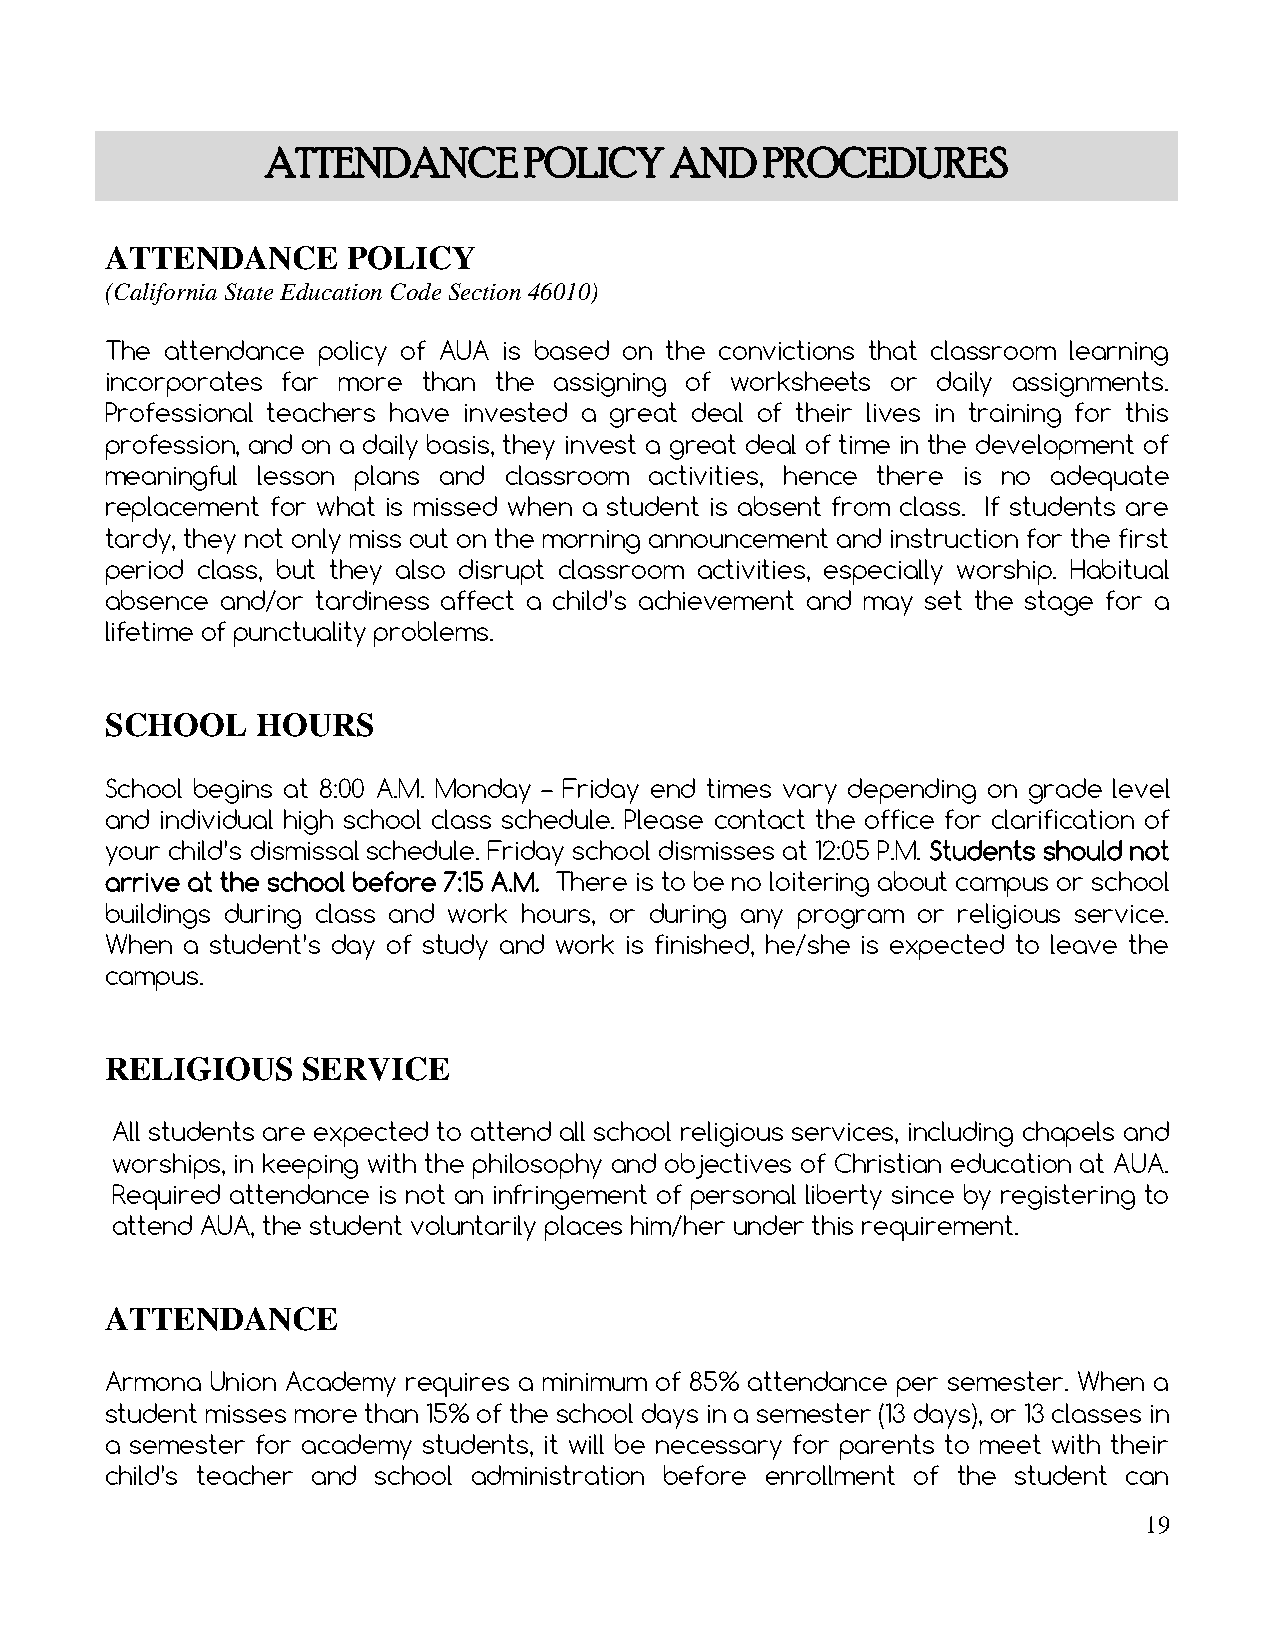
ATTENDANCE       POLICY   AND    PROCEDURES
 ATTENDANCE      POLICY
 (California State Education Code Section 46010)
 The attendance policy of AUA is based on the convictions that classroom learning
 incorporates far more than the assigning of worksheets or daily assignments.
 Professional teachers have invested a great deal of their lives in training for this
 profession, and on a daily basis, they invest a great deal of time in the development of
 meaningful lesson plans and classroom activities, hence there is no adequate
 replacement for what is missed when a student is absent from class. If students are
 tardy, they not only miss out on the morning announcement and instruction for the first
 period class, but they also disrupt classroom activities, especially worship. Habitual
 absence and/or tardiness affect a child’s achievement and may set the stage for a
 lifetime of punctuality problems.
 SCHOOL    HOURS
 School begins at 8:00 A.M. Monday – Friday end times vary depending on grade level
 and individual high school class schedule. Please contact the office for clarification of
 your child’s dismissal schedule. Friday school dismisses at 12:05 P.M. Students should not
 arrive at the school before 7:15 A.M. There is to be no loitering about campus or school
 buildings during class and work hours, or during any program or religious service.
 When a student’s day of study and work is finished, he/she is expected to leave the
 campus.
 RELIGIOUS    SERVICE
 All students are expected to attend all school religious services, including chapels and
 worships, in keeping with the philosophy and objectives of Christian education at AUA.
 Required attendance is not an infringement of personal liberty since by registering to
 attend AUA, the student voluntarily places him/her under this requirement.
 ATTENDANCE
 Armona Union Academy requires a minimum of 85% attendance per semester. When a
 student misses more than 15% of the school days in a semester (13 days), or 13 classes in
 a semester for academy students, it will be necessary for parents to meet with their
 child’s teacher and school administration before enrollment of the student can
 19